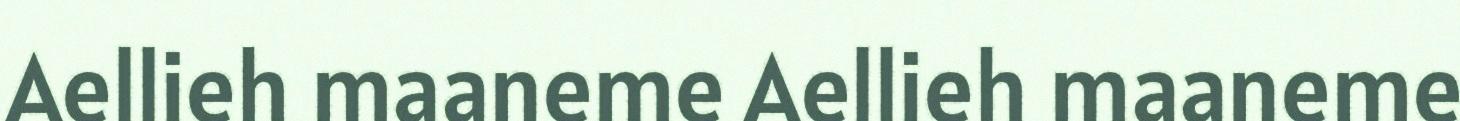
Aellieh maaneme Aellieh maaneme